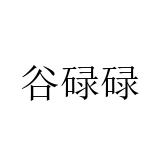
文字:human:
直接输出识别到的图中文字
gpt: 谷碌碌